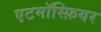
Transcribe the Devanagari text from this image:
एटमॉस्फ़ियर